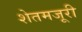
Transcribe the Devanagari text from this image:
शेतमजूरी